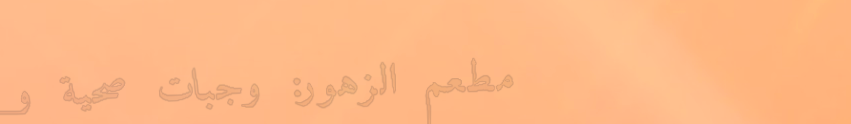
مطعم الزهور: وجبات صحية و